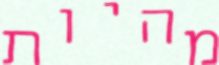
מהיות